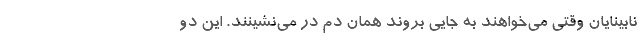
نابینایان وقتی می‌خواهند به جایی بروند همان دم در می‌نشینند. این دو